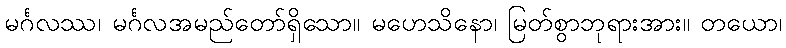
မင်္ဂလဿ၊ မင်္ဂလအမည်တော်ရှိသော။ မဟေသိနော၊ မြတ်စွာဘုရားအား။ တယော၊